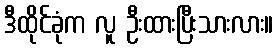
ဒီထိုင်ခုံက လူ ဦးထားပြီးသားလား။